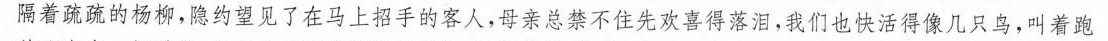
隔着疏疏的杨柳，隐约望见了在马上招手的客人，母亲总禁不住先喜欢得落泪。我们也快活得像几只鸟，叫着跑